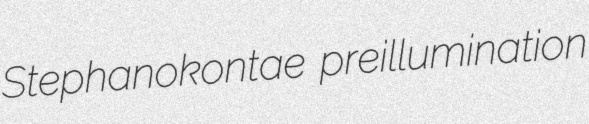
Stephanokontae preillumination